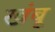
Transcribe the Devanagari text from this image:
खंबू